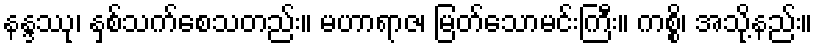
နန္ဒဿု၊ နှစ်သက်စေသတည်း။ မဟာရာဇ၊ မြတ်သောမင်းကြီး။ ကစ္စိ၊ အသို့နည်း။